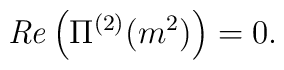
{\it Re} \left( \Pi^{(2)} (m^2) \right) = 0 .